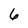
Character: 6